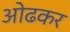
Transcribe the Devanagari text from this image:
ओढकर